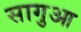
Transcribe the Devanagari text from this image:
सागुआ